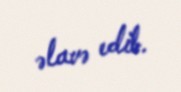
əlavə edib.